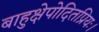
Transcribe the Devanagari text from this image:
बाहुक्षेपोदितप्रियः।